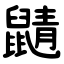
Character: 鼱